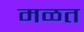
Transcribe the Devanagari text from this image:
मळत